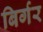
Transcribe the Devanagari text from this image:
बिर्गर